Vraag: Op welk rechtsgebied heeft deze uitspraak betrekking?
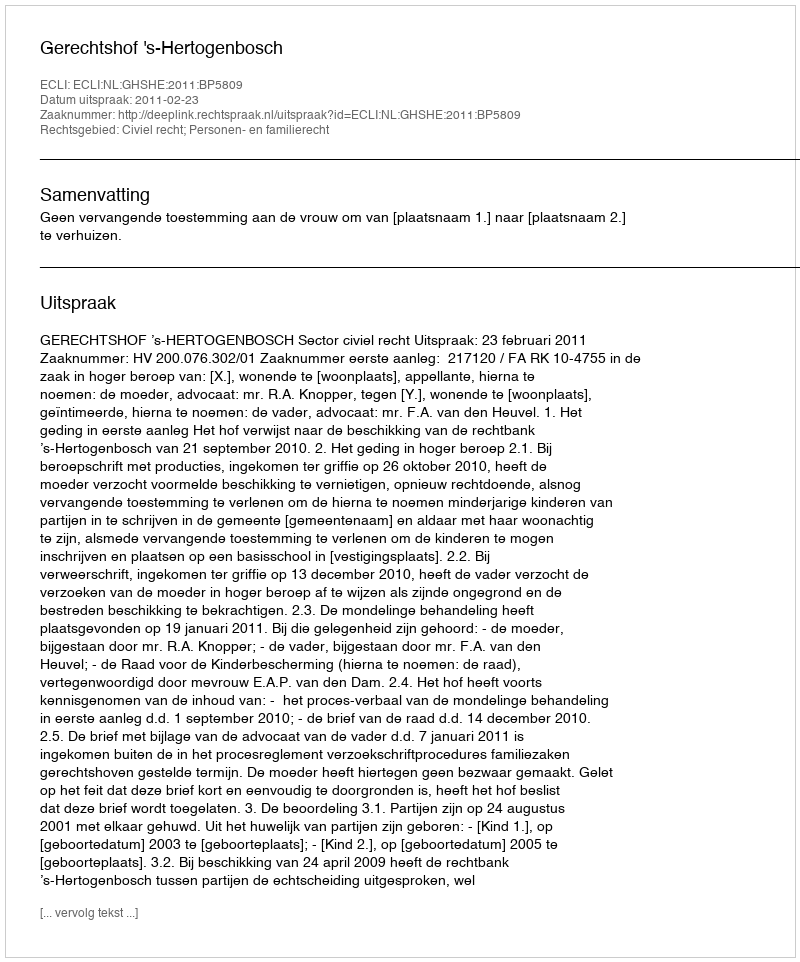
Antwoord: Civiel recht; Personen- en familierecht